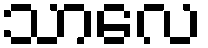
သာလေ